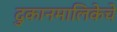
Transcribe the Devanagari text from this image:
दुकानमालिकेचे